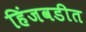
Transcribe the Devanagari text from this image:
हिंजवडीत